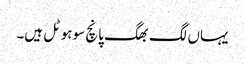
یہاں لگ بھگ پانچ سو ہوٹل ہیں۔